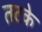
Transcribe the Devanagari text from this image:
तटके